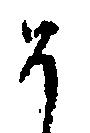
そ